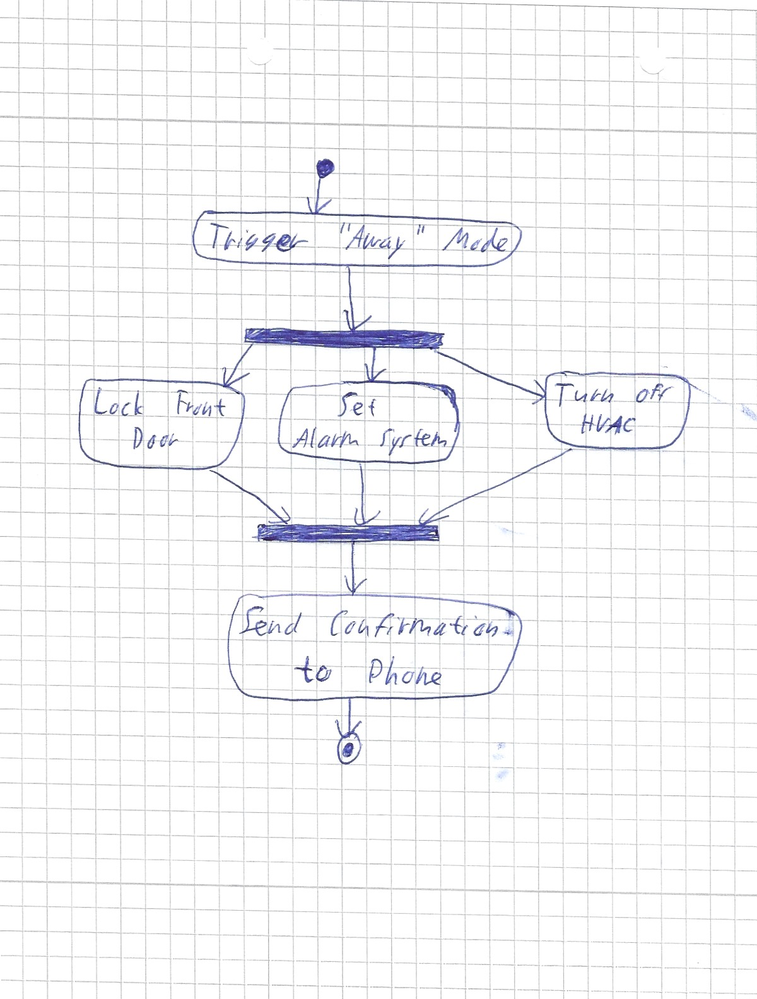
Diagram type: activity_diagram
```plantuml
@startuml

start
:Trigger "Away" Mode;
fork
  :Lock Front Door;
fork again
  :Set Alarm System;
fork again
  :Turn off HVAC;
end fork
:Send Confirmation to Phone;
stop

@enduml
```